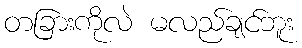
တခြားကိုလဲ မလည်ချင်ဘူး